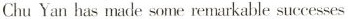
Chu Yan has made some remarkable successes